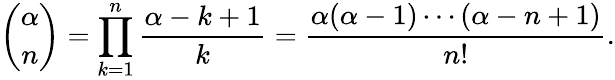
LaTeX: {\binom{\alpha}{n}}=\prod_{k=1}^{n}{\frac{\alpha-k+1}{k}}={\frac{\alpha(\alpha-1)\cdots(\alpha-n+1)}{n!}}.